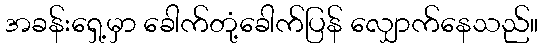
အခန်းရှေ့မှာ ခေါက်တုံ့ခေါက်ပြန် လျှောက်နေသည်။